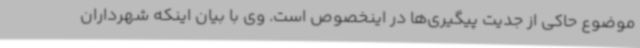
موضوع حاکی از جدیت پیگیری‌ها در اینخصوص است. وی با بیان اینکه شهرداران